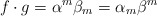
\begin{align*}f\cdot g=\alpha ^{m}\beta _{m}=\alpha _{m}\beta ^{m}\end{align*}